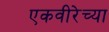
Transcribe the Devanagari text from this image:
एकवीरेच्या